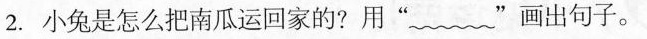
2.小兔是怎么把南瓜运回家的？用”﹏”画出句子。